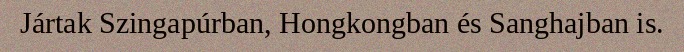
Jártak Szingapúrban, Hongkongban és Sanghajban is.